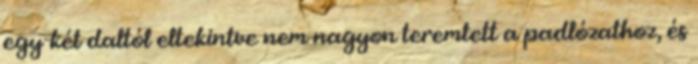
egy-két daltól eltekintve nem nagyon teremtett a padlózathoz, és